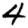
Digit: 4